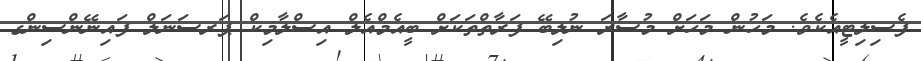
ފެސިލިޓީއެކެވެ. މަހުން މަހަށް މުސާރަ ނުލިބޭ ފަރާތްތަކަށް ބީއެމްއެލް އިސްލާމިކް ޕަރސަނަލް ފައިނޭންސިންގ